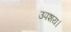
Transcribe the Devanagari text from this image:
उपशय।